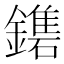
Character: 𨮀